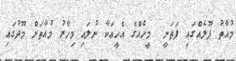
މުއާތު ޕޫލެއްގައި ފަތަނީ  މީހެއްގެ އެހީޢަކާ ނުލައި މިހާރު މުއާތަށް މޫދުގައި